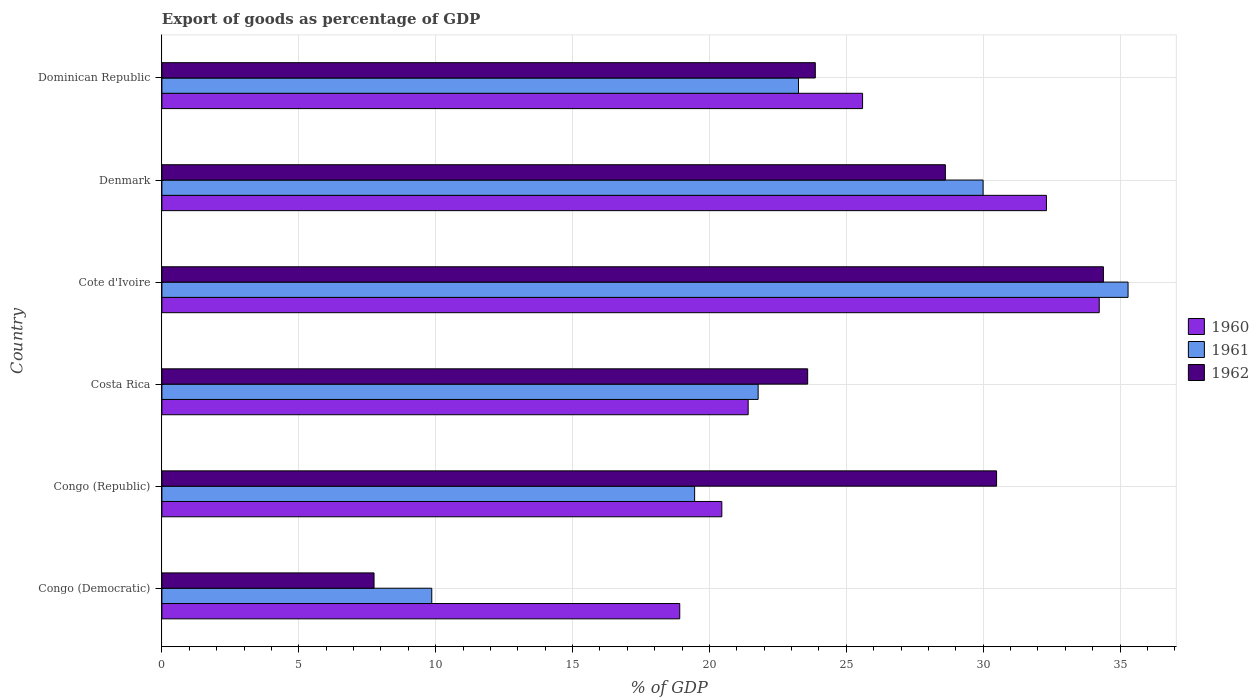
| Country | 1960 | 1961 | 1962 |
 | --- | --- | --- | --- |
 | Congo (Democratic) | 18.9 | 9.86 | 7.75 |
 | Congo (Republic) | 20.5 | 19.5 | 30.5 |
 | Costa Rica | 21.4 | 21.8 | 23.6 |
 | Cote d'Ivoire | 34.2 | 35.3 | 34.4 |
 | Denmark | 32.3 | 30 | 28.6 |
 | Dominican Republic | 25.6 | 23.3 | 23.9 |